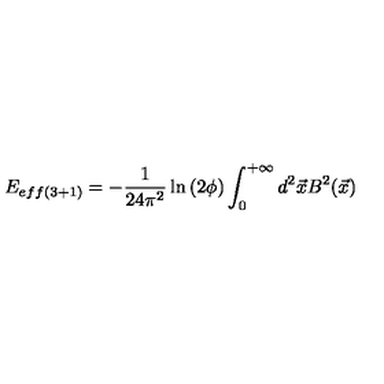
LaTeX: E _ { e f f ( 3 + 1 ) } = - \frac { 1 } { 2 4 \pi ^ { 2 } } \ln \left( 2 \phi \right) \int _ { 0 } ^ { + \infty } d ^ { 2 } \vec { x } B ^ { 2 } ( \vec { x } )